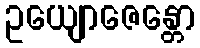
ဥယျောဇေန္တော